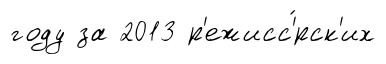
году за 2013 р'ежисс'́рск'их